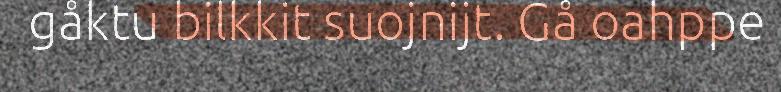
gåktu bilkkit suojnijt. Gå oahppe